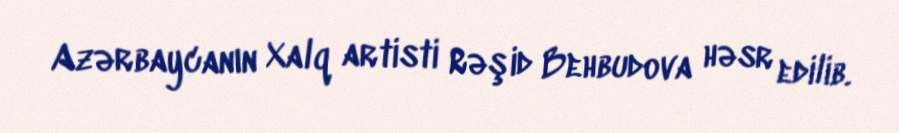
Azərbaycanın Xalq artisti Rəşid Behbudova həsr edilib.